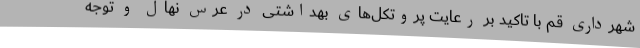
شهرداری قم با تاکید بر رعایت پروتکل‌های بهداشتی در عرس نهال و توجه